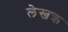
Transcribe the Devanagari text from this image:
लेखक्र